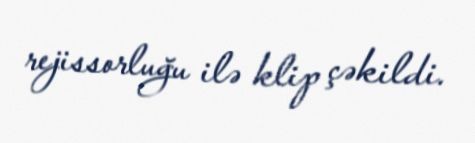
rejissorluğu ilə klip çəkildi.